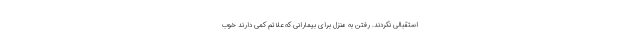
استقبالی نکردند. رفتن به منزل برای بیمارانی که علائم کمی دارند خوب